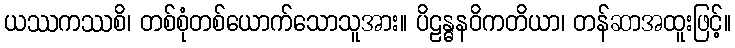
ယဿကဿစိ၊ တစ်စုံတစ်ယောက်သောသူအား။ ပိဠန္ဓနဝိကတိယာ၊ တန်ဆာအထူးဖြင့်။